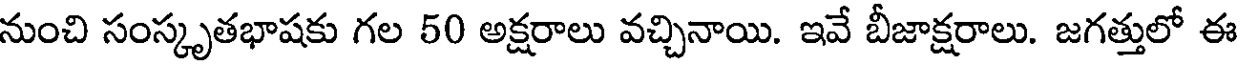
నుంచి సంస్కృతభాషకు గల 50 అక్షరాలు వచ్చినాయి. ఇవే బీజాక్షరాలు. జగత్తులో ఈ